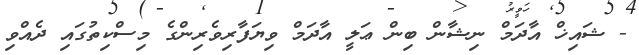
- ޝައިޚް އާދަމް ނިޝާން ބިން ޢަލީ އާދަމް ވިޔަފާރިވެރިންގެ މިސްކިތުގައި ދެއްވި